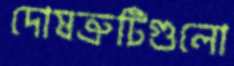
দোষত্রুটিগুলো